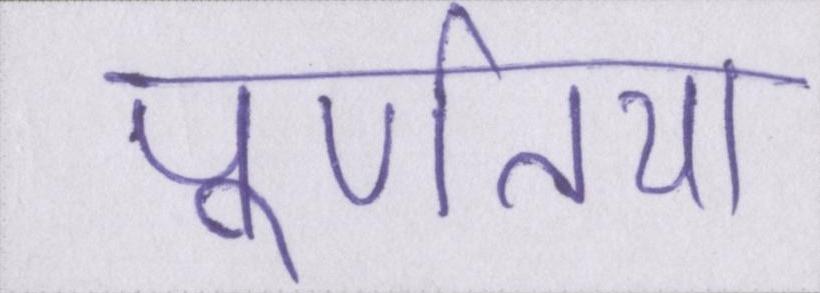
पूर्णतया